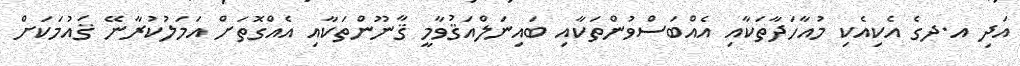
އަދި އ.ދގެ އެކިއެކި މުއާހަދާތަކާއި އެއްބަސްވުންތަކާއި ބައިނަލްއަޤުވާމީ ޤާނޫންތަކާއި އެއްގޮތަށް އަމަލުކުރާނޭ ޤައުމަކަށް